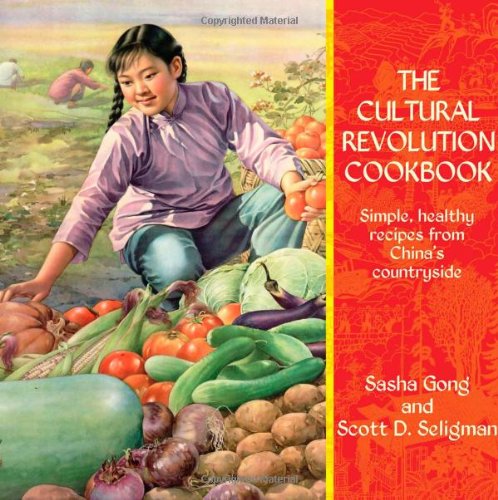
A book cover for The Cultural Revolution Cookbook; Sasha Gong; Cookbooks, Food & Wine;